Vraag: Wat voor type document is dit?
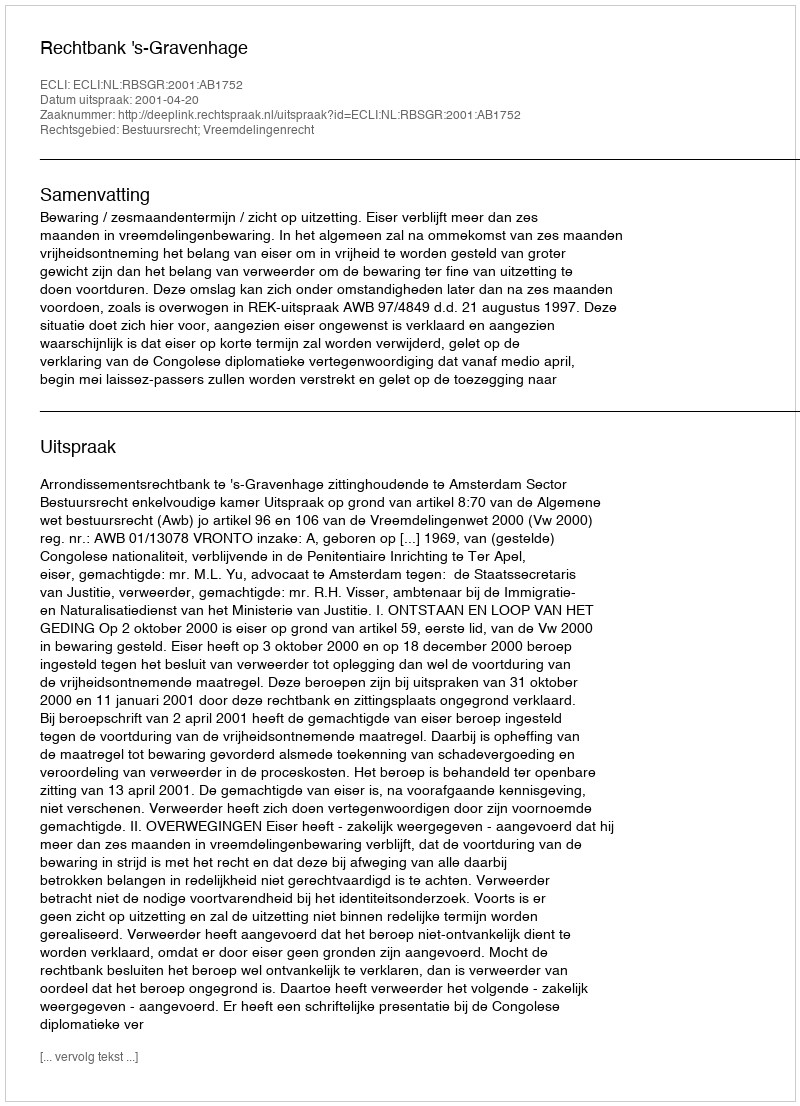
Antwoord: Uitspraak